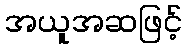
အယူအဆဖြင့်